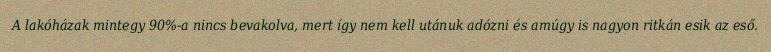
A lakóházak mintegy 90%-a nincs bevakolva, mert így nem kell utánuk adózni és amúgy is nagyon ritkán esik az eső.